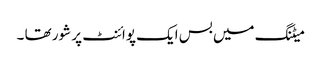
میٹنگ میں بس ایک پوائنٹ پر شور تھا ۔